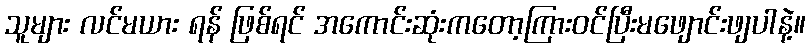
သူများ လင်မယား ရန် ဖြစ်ရင် အကောင်းဆုံးကတော့ကြားဝင်ပြီးမဖျောင်းဖျပါနဲ့။